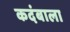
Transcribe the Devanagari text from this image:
कदंबाला